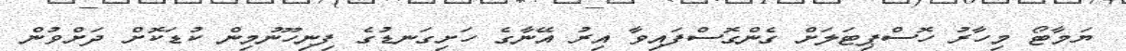
ޔަމާޓޯ މިހާރު ހޮސްޕިޓަލަށް ގެންގޮސްފައިވާ އިރު އޭނާގެ ހަށިގަނޑުގެ ފިނިހޫނުމިން ކުޑަކޮށް ދަށްވުން